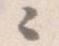
々